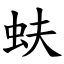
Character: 蚨